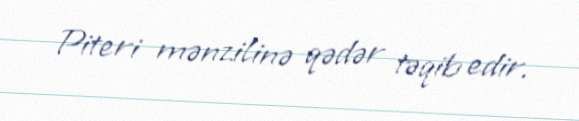
Piteri mənzilinə qədər təqib edir.